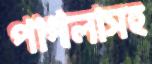
পাগলাসহ